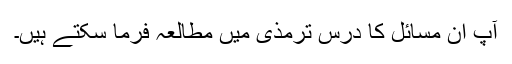
آپ ان مسائل کا درس ترمذی میں مطالعہ فرما سکتے ہیں۔